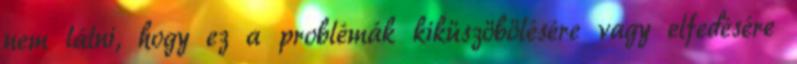
nem látni, hogy ez a problémák kiküszöbölésére vagy elfedésére